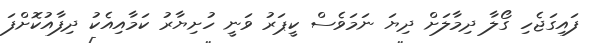
ފައިގަޖެހި ގޯލާ ދިމާލަށް ދިޔަ ނަމަވެސް ކީޕަރު ވަނީ ހުށިޔާރު ކަމާއިއެކު ދިފާއުކޮށްފަ